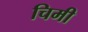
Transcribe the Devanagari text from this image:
चिमी